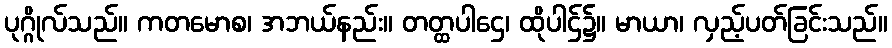
ပုဂ္ဂိုလ်သည်။ ကတမောစ၊ အဘယ်နည်း။ တတ္ထပါဌေ၊ ထိုပါဌ်၌။ မာယာ၊ လှည့်ပတ်ခြင်းသည်။